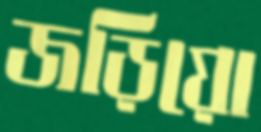
জড়িয়ো